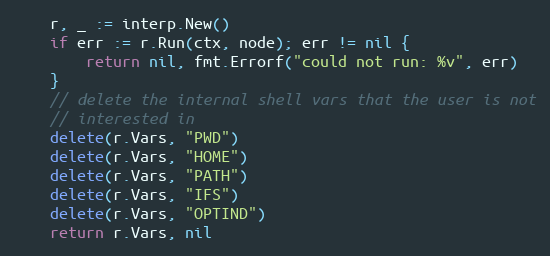
Language: Go
	r, _ := interp.New()
	if err := r.Run(ctx, node); err != nil {
		return nil, fmt.Errorf("could not run: %v", err)
	}
	// delete the internal shell vars that the user is not
	// interested in
	delete(r.Vars, "PWD")
	delete(r.Vars, "HOME")
	delete(r.Vars, "PATH")
	delete(r.Vars, "IFS")
	delete(r.Vars, "OPTIND")
	return r.Vars, nil